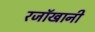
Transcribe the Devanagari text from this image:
रजॉखानी